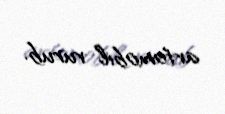
avtomobil vurub.